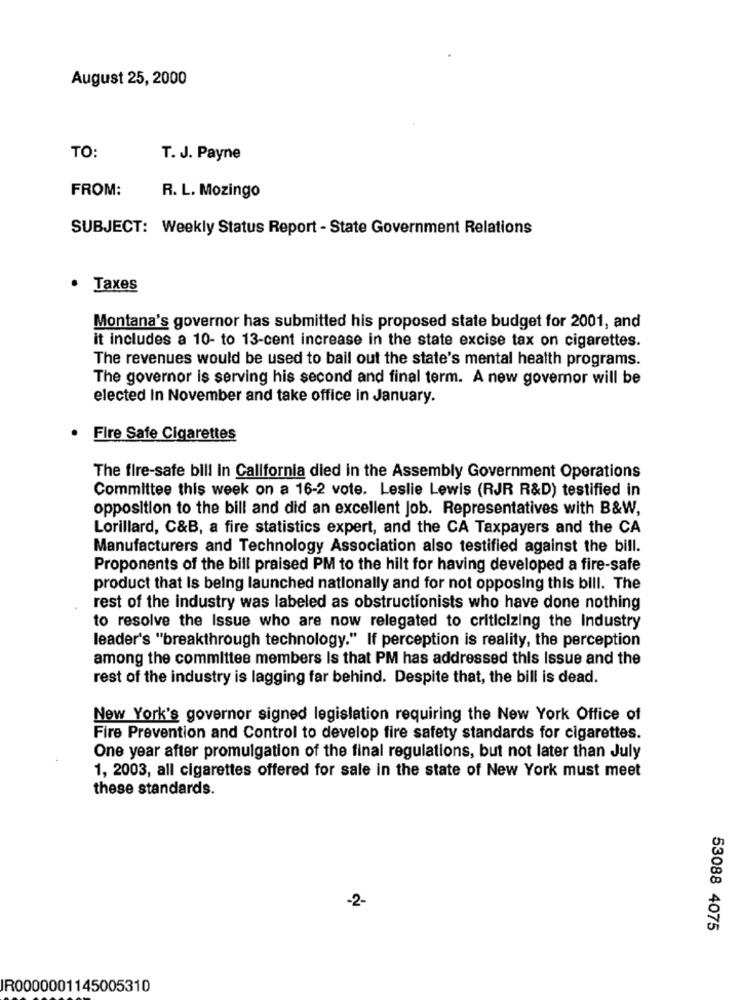
August 25, 2000
TO:
T. J. Payne
FROM:
R. L. Mozingo
SUBJECT: Weekly Status Report - State Government Relations
Taxes
Montana's governor has submitted his proposed state budget for 2001, and
it includes a 10- to 13-cent increase in the state excise tax on cigarettes.
The revenues would be used to bail out the state's mental health programs.
The governor is serving his second and final term. A new governor will be
elected In November and take office in January.
Fire Safe Cigarettes
The fire-safe bill in California died in the Assembly Government Operations
Committee this week on a 16-2 vote. Leslie Lewis (RJR R&D) testified in
opposition to the bill and did an excellent Job. Representatives with B&W,
Lorillard, C&B, a fire statistics expert, and the CA Taxpayers and the CA
Manufacturers and Technology Association also testified against the bill.
Proponents of the bill praised PM to the hilt for having developed a fire-safe
product that Is being launched nationally and for not opposing this bill. The
rest of the industry was labeled as obstructionists who have done nothing
to resolve the Issue who are now relegated to criticizing the Industry
leader's "breakthrough technology." If perception is reality, the perception
among the committee members Is that PM has addressed this Issue and the
rest of the industry is lagging far behind. Despite that, the bill is dead.
New York's governor signed legislation requiring the New York Office of
Fire Prevention and Control to develop fire safety standards for cigarettes.
One year after promulgation of the final regulations, but not later than July
1, 2003, all cigarettes offered for sale in the state of New York must meet
these standards.
-2-
53088 4075
IR0000001145005310